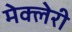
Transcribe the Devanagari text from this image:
मेक्लेरी